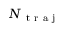
N _ { \mathrm { ~ t ~ r ~ a ~ j ~ } }